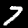
Label: 7